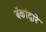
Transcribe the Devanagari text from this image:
बॅकांद्वारे